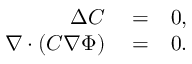
\begin{array} { r l r } { \Delta C } & { { } = } & { 0 , } \\ { \nabla \cdot \left( C \nabla \Phi \right) } & { { } = } & { 0 . } \end{array}